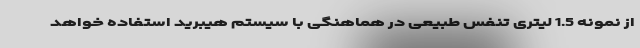
از نمونه 1.5 لیتری تنفس طبیعی در هماهنگی با سیستم هیبرید استفاده خواهد